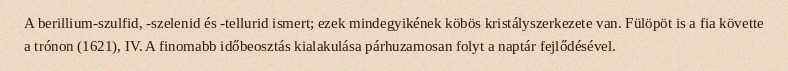
A berillium-szulfid, -szelenid és -tellurid ismert; ezek mindegyikének köbös kristályszerkezete van. Fülöpöt is a fia követte a trónon (1621), IV. A finomabb időbeosztás kialakulása párhuzamosan folyt a naptár fejlődésével.